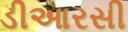
ડીઆરસી